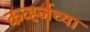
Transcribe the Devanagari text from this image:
कर्व्ह्जच्या